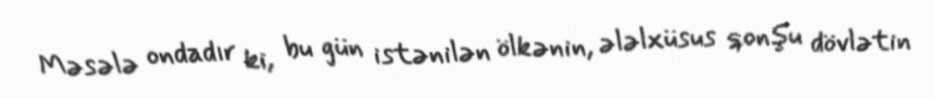
Məsələ ondadır ki, bu gün istənilən ölkənin, ələlxüsus qonşu dövlətin